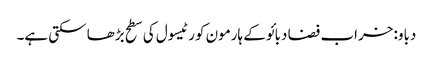
دباو: خراب فضا دبائو کے ہارمون کورٹیسول کی سطح بڑھا سکتی ہے۔